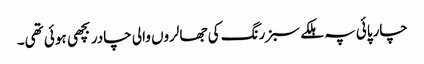
چارپائی پہ ہلکے سبز رنگ کی جھالروں والی چادر بچھی ہوئی تھی۔